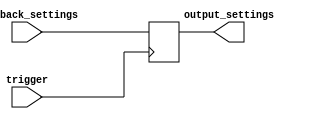
module fallback_bypass_register (
    input wire trigger,
    input wire [7:0] fallback_settings,
    output reg [7:0] output_settings
);

always @ (posedge trigger) begin
    output_settings <= fallback_settings;
end

endmodule